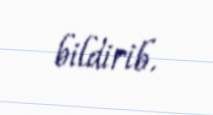
bildirib.